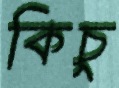
কিচু